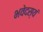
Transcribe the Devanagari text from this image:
भवेदस्यं